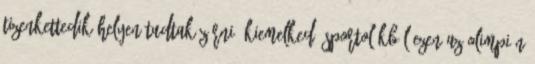
tizenkettedik helyen tudtak zárni. Kiemelkedő sportolókból ezen az olimpián